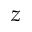
z